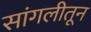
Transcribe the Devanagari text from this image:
सांगलीतून